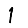
Digit: 1